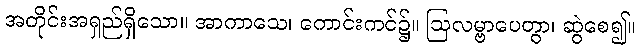
အတိုင်းအရှည်ရှိသော။ အာကာသေ၊ ကောင်းကင်၌။ ဩလမ္ဗာပေတွာ၊ ဆွဲစေ၍။